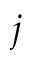
j